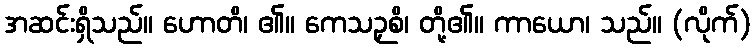
အဆင်းရှိသည်။ ဟောတိ၊ ၏။ ကေသဉှစိ၊ တို့၏။ ကာယော၊ သည်။ (လိုက်)